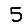
Digit: 5